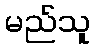
မည်သူ